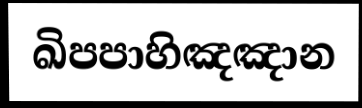
ඛිපපාහිඤඤාන